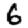
Digit: 6